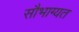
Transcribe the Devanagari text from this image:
सौभाग्यत